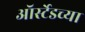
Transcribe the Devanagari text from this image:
ऑर्स्टेडच्या